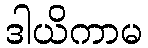
ဒါယိကာမ